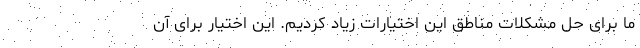
ما برای حل مشکلات مناطق این اختیارات زیاد کردیم. این اختیار برای آن